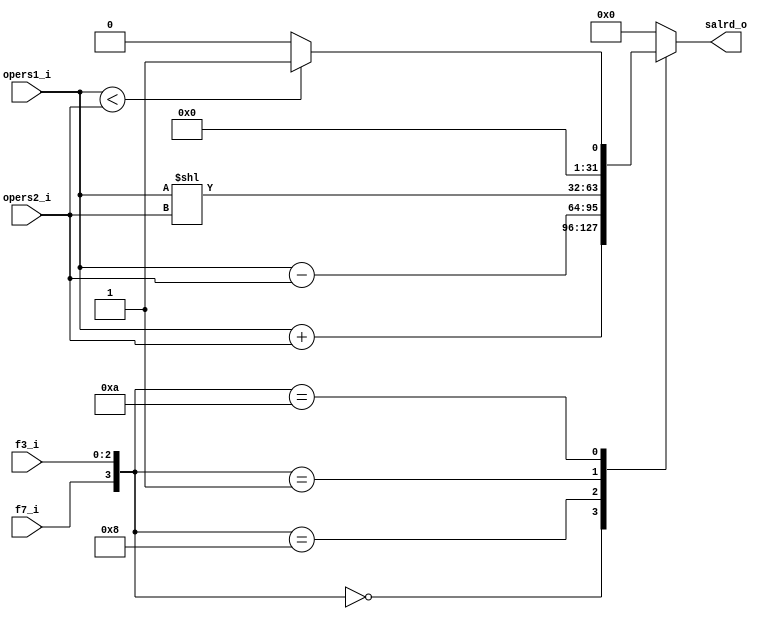
module alu(
    input       [31:0]  opers1_i,
    input       [31:0]  opers2_i,
    input               f7_i,
    input       [2:0]   f3_i,
    output reg  [31:0]  salrd_o
);

    always @(*) begin
        case ({f7_i, f3_i})
            4'b0_000:
                salrd_o = opers1_i + opers2_i;
            4'b1_000:
                salrd_o = opers1_i - opers2_i;
            4'b0_001:
                salrd_o = opers1_i << opers2_i;
            4'b1_010: 
                if(opers1_i < opers2_i)
						salrd_o = 32'b1;
					 else
						salrd_o = 32'b0;
            default:
                salrd_o = 32'b0;
        endcase
            
    end

endmodule